Vaccine operations Central Provinces & Berar 1912-1920 - 1912-1920
Year: 1912
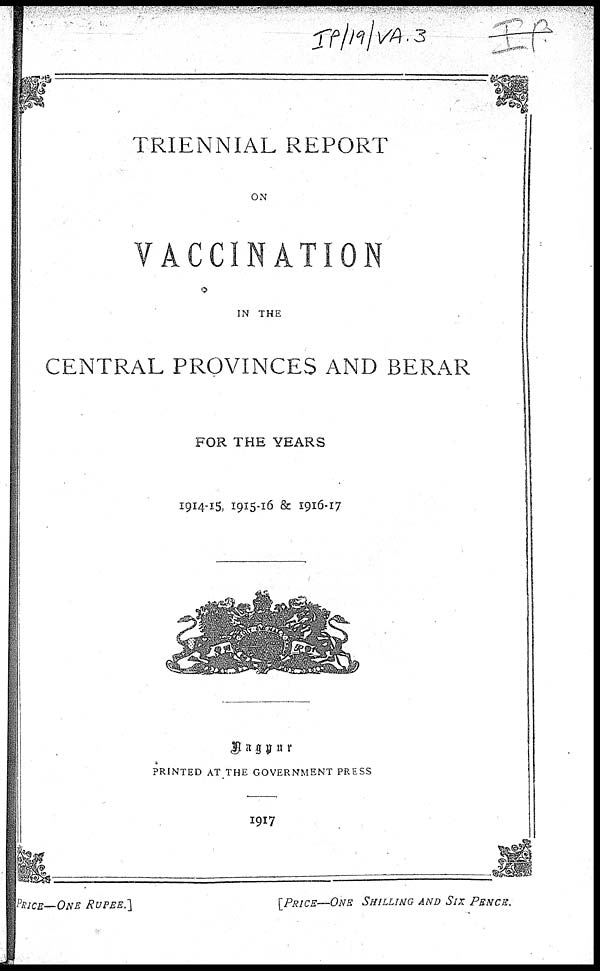
TRIENNIAL REPORT
ON
VACCINATION
IN THE
CENTRAL PROVINCES AND BERAR
FOR THE YEARS
1914-15, 1915-16 & 1916-17
Nagpur
PRINTED AT THE GOVERNMENT PRESS
1917
PRICE—ONE RUPEE.]
[PRICE—ONE
SHILLING AND SIX PENCE.